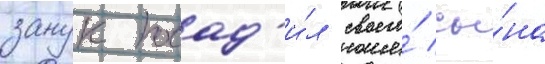
занук посад'и́л своего́ сы́на